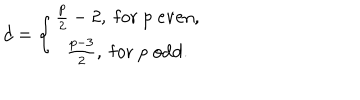
LaTeX: d = \left\{ \begin{array} { c } { { \frac p 2 - 2 , \; \mathrm { f o r } \; p \; \mathrm { e v e n } , } } \\ { { \frac { p - 3 } 2 , \; \mathrm { f o r } \; p \; \mathrm { o d d } . } } \\ \end{array} \right.